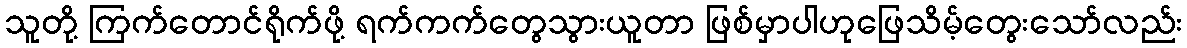
သူတို့ ကြက်တောင်ရိုက်ဖို့ ရက်ကက်တွေသွားယူတာ ဖြစ်မှာပါဟုဖြေသိမ့်တွေးသော်လည်း